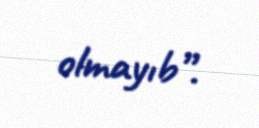
olmayıb”.